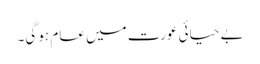
بے حیائی عورت میں عام ہو گی۔